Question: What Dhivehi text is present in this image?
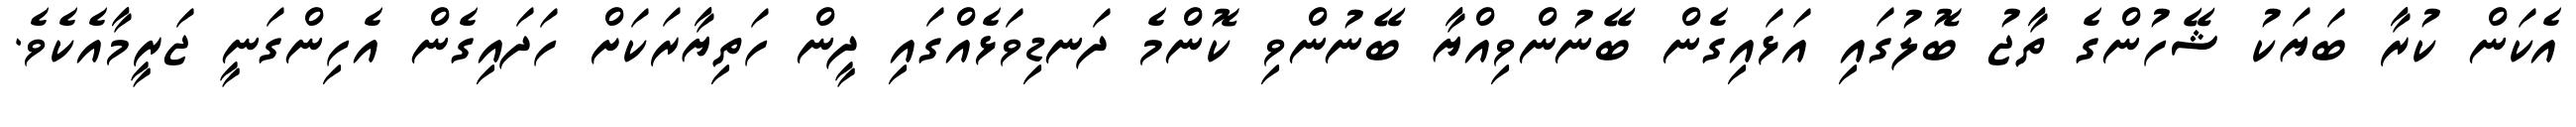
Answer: އެކަން ކުރާ ބަޔަކު ޝޭހުންގެ ތާޖު ބޮލުގައި އަޅައިގެން ބޭނުންވިއްޔާ ބޭނުންވި ކޮންމެ ދަނޑިވަޅެއްގައި ދީން ހަތިޔާރަކަށް ހަދައިގެން އެހިންގަނީ ޖަރީމާއެކެވެ.